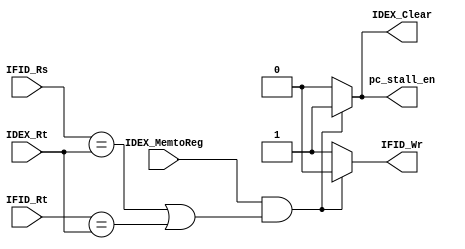
module HazardDetectionUnit(
    input[4:0]IFID_Rs,
    input[4:0]IFID_Rt,
    input[4:0]IDEX_Rt,
    input IDEX_MemtoReg,

    output pc_stall_en,
    output IFID_Wr,
    output IDEX_Clear
);
wire condition;
assign condition=(IDEX_MemtoReg && (IFID_Rs==IDEX_Rt ||IFID_Rt==IDEX_Rt));

assign pc_stall_en=(condition)?1'b1:1'b0;
assign IFID_Wr=(condition)?1'b0:1'b1;
assign IDEX_Clear=(condition)?1'b1:1'b0;

endmodule

module IDEX_SigMux(
    input IDEX_Clear,
    input [31:0] ID_pc,
    input [31:0] ID_pc_plus4,
    input [31:0] ID_npc,
    input [31:0] ID_inst,
    input [31:0] ID_immExt,
    input [31:0] ID_busA,
    input [31:0] ID_busB,
    input ID_RegDST,
    input ID_ALUSrc,
    input ID_MemtoReg,
    input ID_RegWrite,
    input ID_Memwrite,
    input ID_Branch,ID_nBranch,ID_BGEZ,ID_BGTZ,ID_BLEZ,ID_BLTZ,
    input ID_lb,ID_lbu,ID_sb,
    input ID_jal,ID_jmp,ID_jr,ID_jalr,
    input [4:0] ID_ALUctr,
    input [4:0] ID_shamt,

    output reg[31:0] real_ID_pc,
    output reg[31:0] real_ID_pc_plus4,
    output reg[31:0] real_ID_npc,
    output reg[31:0] real_ID_inst,
    output reg[31:0] real_ID_immExt,
    output reg[31:0] real_ID_busA,
    output reg[31:0] real_ID_busB,
    output reg[4:0] real_ID_ALUctr,
    output reg[4:0] real_ID_shamt,
    output reg real_ID_RegDST,
    output reg real_ID_ALUSrc,
    output reg real_ID_MemtoReg,
    output reg real_ID_RegWrite,
    output reg real_ID_Memwrite,
    output reg real_ID_Branch,real_ID_nBranch,real_ID_BGEZ,real_ID_BGTZ,real_ID_BLEZ,real_ID_BLTZ,
    output reg real_ID_lb,real_ID_lbu,real_ID_sb,
    output reg real_ID_jal,real_ID_jmp,real_ID_jr,real_ID_jalr
);

always@(*)begin
    if(IDEX_Clear)begin
        real_ID_pc<=0;
        real_ID_pc_plus4<=0;
        real_ID_npc<=0;
        real_ID_inst<=0;
        real_ID_immExt<=0;
        real_ID_busA<=0;
        real_ID_busB<=0;

        real_ID_RegDST<=0;
        real_ID_ALUSrc<=0;
        real_ID_MemtoReg<=0;
        real_ID_RegWrite<=0;
        real_ID_Memwrite<=0;
        real_ID_Branch<=ID_Branch;real_ID_nBranch<=0;
        real_ID_BGEZ<=0;real_ID_BGTZ<=0;real_ID_BLEZ<=0;real_ID_BLTZ<=0;
        real_ID_lb<=0;real_ID_lbu<=0;real_ID_sb<=0;
        real_ID_jal<=0;real_ID_jmp<=0;real_ID_jr<=0;real_ID_jalr<=0;
        real_ID_ALUctr<=0;
        real_ID_shamt<=0;
    end
    else begin
        real_ID_pc<=ID_pc;
        real_ID_pc_plus4<=ID_pc_plus4;
        real_ID_npc<=ID_npc;
        real_ID_inst<=ID_inst;
        real_ID_immExt<=ID_immExt;
        real_ID_busA<=ID_busA;
        real_ID_busB<=ID_busB;

        real_ID_RegDST<=ID_RegDST;
        real_ID_ALUSrc<=ID_ALUSrc;
        real_ID_MemtoReg<=ID_MemtoReg;
        real_ID_RegWrite<=ID_RegWrite;
        real_ID_Memwrite<=ID_Memwrite;
        real_ID_Branch<=ID_Branch;real_ID_nBranch<=ID_nBranch;
        real_ID_BGEZ<=ID_BGEZ;real_ID_BGTZ<=ID_BGTZ;real_ID_BLEZ<=ID_BLEZ;real_ID_BLTZ<=ID_BLTZ;
        real_ID_lb<=ID_lb;real_ID_lbu<=ID_lbu;real_ID_sb<=ID_sb;
        real_ID_jal<=ID_jal;real_ID_jmp<=ID_jmp;real_ID_jr<=ID_jr;real_ID_jalr<=ID_jalr;
        real_ID_ALUctr<=ID_ALUctr;
        real_ID_shamt<=ID_shamt;
    end
end


endmodule